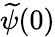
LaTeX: \widetilde\psi(0)